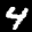
Label: 4